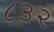
૮૩૨